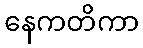
နေကတိကာ